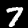
Label: 7